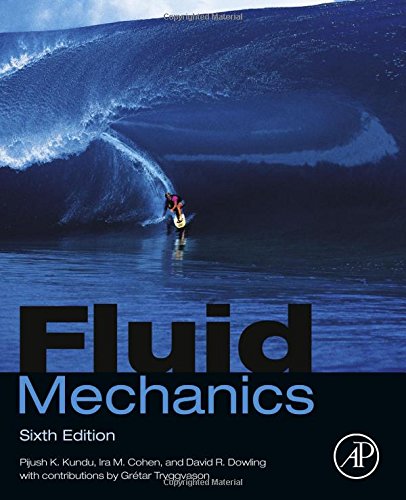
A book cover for Fluid Mechanics, Sixth Edition; Pijush K. Kundu; Engineering & Transportation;